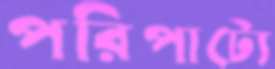
পরিপাট্যে